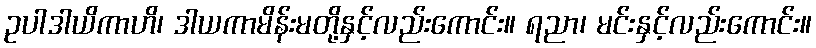
ဥပါဒါယိကာဟိ၊ ဒါယကာမိန်းမတို့နှင့်လည်းကောင်း။ ရညာ၊ မင်းနှင့်လည်းကောင်း။